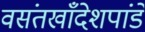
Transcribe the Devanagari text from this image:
वसंतखाँदेशपांडे